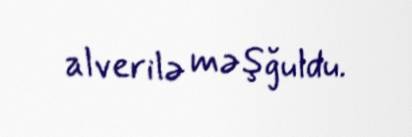
alverilə məşğuldu.